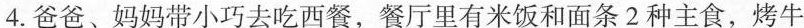
4.爸爸、妈妈带小巧去吃西餐，餐厅里有米饭和面条2种主食，烤牛